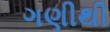
ગણીથી